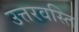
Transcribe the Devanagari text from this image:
उत्तरवस्ति